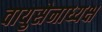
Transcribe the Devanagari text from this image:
वायुसेनाध्यक्ष